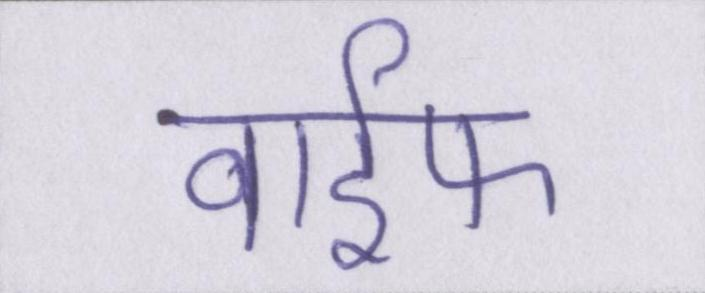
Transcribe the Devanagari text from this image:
वाईफ